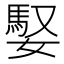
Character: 𪦠